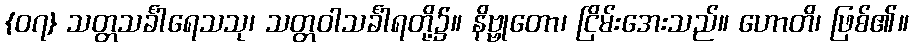
{၀၇} သတ္တသင်္ခါရေသသု၊ သတ္တဝါသင်္ခါရတို့၌။ နိဗ္ဗုတော၊ ငြိမ်းအေးသည်။ ဟောတိ၊ ဖြစ်၏။